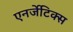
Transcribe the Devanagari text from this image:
एनर्जेटिक्स